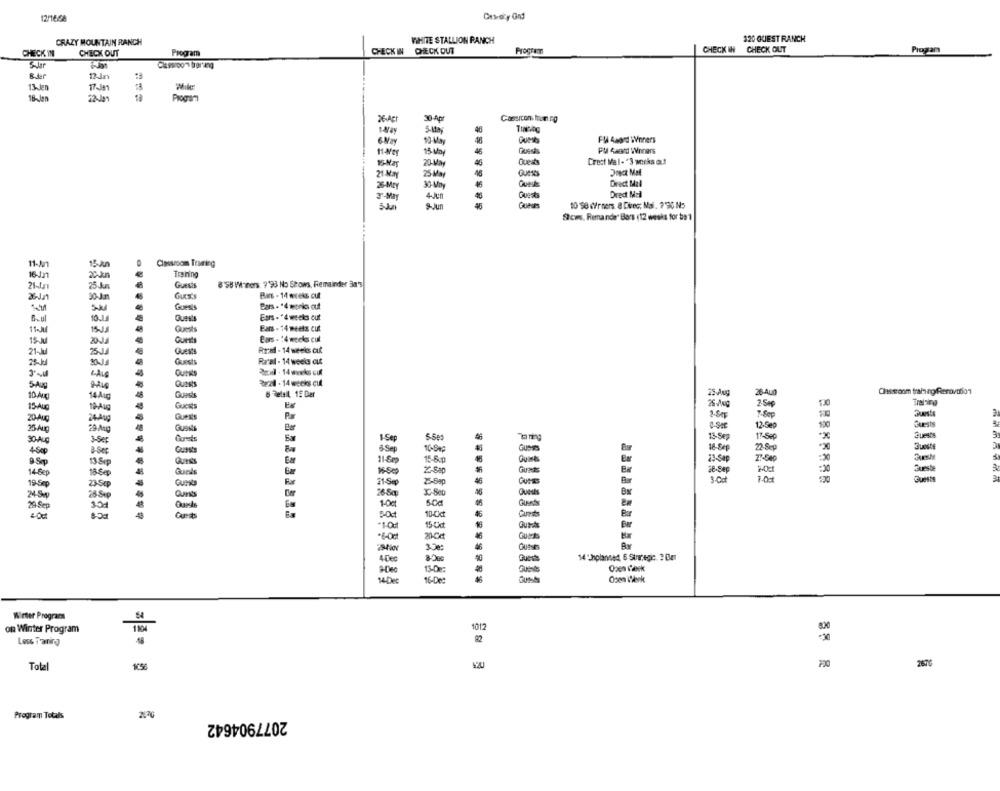
12/1668
CRAZY MOUNTAIN RANCH
WHITE STALLION RANCH
320 QUEST RANCH
CHECK IN CHECK OUT
CHECK IN
CHECK OUT
Program
CHECK IN CHECK OUT
PrOGFET
Program
Slar
Classroom braring
B.der
13-Jen
18-Jan
18
Program
30-Apr
Casercon. frun ng
46
&May
93 May
Fl 4word Winners
15 M
46
PU 4and Winners
20-May
46
Guests
Crest Mal-"3 works out
21 MAY
25- May
48
Quede
Direct Mal
26-May
30-May
3-May
4Jun
Dred Mall
%Jun
Gueurs
10 98 C/rners. 8 Diec; Mai, 7'90 N5
Shows. Rimande" Bars (12 weeks for be1
11-M
15-An
Classroom Truing
16-Jn1
20Jun
Training
21-Ja
Guest
8'58 M-ners. ? '93 No Shows, Remainder 3a's
30J.m
Bars - 14 wceks out
5-
Goes
Bars . * 4 monks out
10.15
Ears."4 weeks out
8.ul
Guests
11-Jul
Guests
Bars - 14 meets cut
Guest
Bars - 14 weeks cul
15-Ju
2014
Real - 14 weeks auf
21-Jul
25J
Guests
28-Jal
Guests
Real - 14 weeks cut
Curas
5-Aug
Quest
822 - 14 weeks cif
Guest
& Retail 12 Der
75.Aug
26-400
Ohseom training Renovation
10-Aug
14Aug
1.0
15-Aug
Guests
2.Sep
Questa
20-Aug
24-Aug
7-80p
12-Sep
100
25-A
Gusst
17-Sep
Quests
30-Aug
3-Sep
1-Sep
5-600
15-Sep
2-Sep
Consta
6Sep
16-949
Queste
+Sep
15-&p
23-Sep
21-Sep
-70
9 Sp
13 Sp
Quest
Quart
-20
18-6
Qual
16-Se
2-840
Guess
it-Sep
Stesa
Bar
100
19-Sep
24- Sp
28-Sp
268q
x-80
Bar
106
10-Ckct
Bar
-1-0
15-Cd
Be
200
46
3.300
4 De0
Des
Quest
14 :Jhplanted, 6 Strategic ? Ben
13-De
16-De
54-De
Wirter Programs
1012
on Winter Program
00
Less Taring
92
700
2676
Total
Program Totals
2077904642